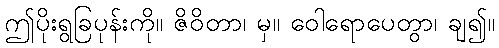
ဤပိုးရွခြပုန်းကို။ ဇိဝိတာ၊ မှ။ ဝေါရောပေတွာ၊ ချ၍။